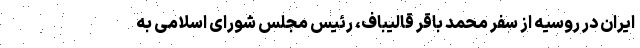
ایران در روسیه از سفر محمد باقر قالیباف، رئیس مجلس شورای اسلامی به